Annual report on the Civil Veterinary Department, Burma (including the Insein Veterinary School) - 1923-1931
Year: 1923
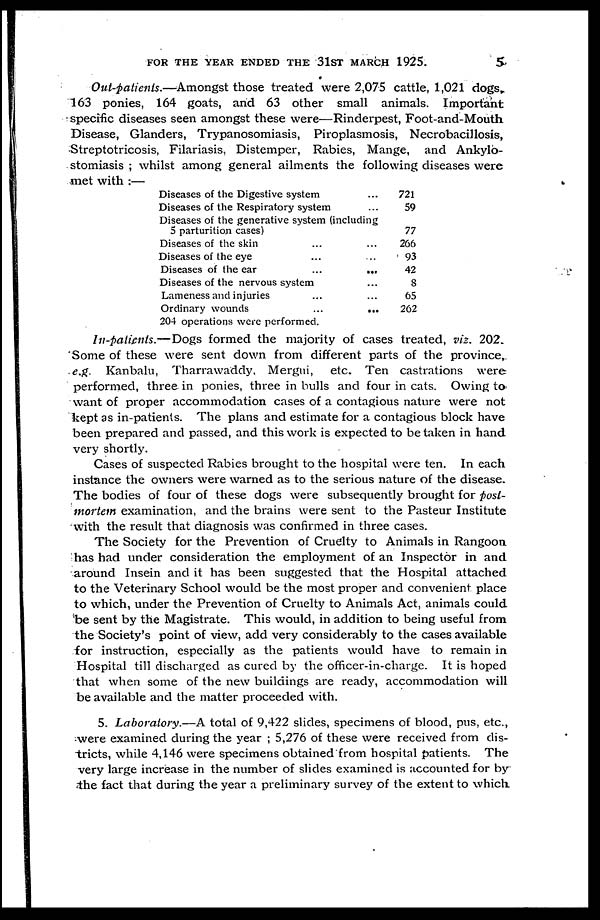
FOR THE YEAR ENDED THE 31ST MARCH 1925.
5
Out-patients.—Amongst those treated were 2,075 cattle, 1,021 dogs.
163 ponies, 164 goats, and 63 other small animals. Important
specific diseases seen amongst these were—Rinderpest, Foot-and-Mouth
Disease, Glanders, Trypanosomiasis, Piroplasmosis, Necrobacillosis,
Streptotricosis, Filariasis, Distemper, Rabies, Mange, and Ankylo-
stomiasis ; whilst among general ailments the following diseases were
met with :—
Diseases of the Digestive system ...
Diseases of the Respiratory system ...
Diseases of the generative system (including
5 parturition cases)
Diseases of the skin ... ...
Diseases of the eye ... ...
Diseases of the ear
...
...
Diseases of the nervous system ...
Lameness and injuries ... ...
Ordinary wounds
...
...
204 operations were performed.
721
59
77
266
93
42
8
65
262
ln-paticnts.—Dogs formed the majority of cases treated, viz. 202.
Some of these were sent down from different parts of the province,
e.g Kanbalu, Tharrawaddy, Mergui, etc. Ten castrations were
performed, three in ponies, three in bulls and four in cats. Owing to
want of proper accommodation cases of a contagious nature were not
kept as in-patienls. The plans and estimate for a contagious block have
been prepared and passed, and this work is expected to be taken in hand
very shortly.
Cases of suspected Rabies brought to the hospital were ten. In each
instance the owners were warned as to the serious nature of the disease.
The bodies of four of these dogs were subsequently brought for post-
mortem examination, and the brains were sent to the Pasteur Institute
with the result that diagnosis was confirmed in three cases.
The Society for the Prevention of Cruelty to Animals in Rangoon
has had under consideration the employment of an Inspector in and
around Insein and it has been suggested that the Hospital attached
to the Veterinary School would be the most proper and convenient place
to which, under the Prevention of Cruelty to Animals Act, animals could
be sent by the Magistrate. This would, in addition to being useful from
the Society's point of view, add very considerably to the cases available
for instruction, especially as the patients would have to remain in
Hospital till discharged as cured by the officer-in-charge. It is hoped
that when some of the new buildings are ready, accommodation will
be available and the matter proceeded with.
5. Laboratory.—A total of 9,422 slides, specimens of blood, pus, etc.,
were examined during the year ; 5,276 of these were received from dis-
tricts, while 4,146 were specimens obtained from hospital patients. The
very large increase in the number of slides examined is accounted for by
the fact that during the year a preliminary survey of the extent to which.